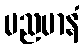
မညမာနံ